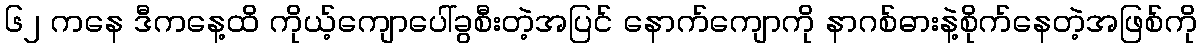
၆၂ ကနေ ဒီကနေ့ထိ ကိုယ့်ကျောပေါ်ခွစီးတဲ့အပြင် နောက်ကျောကို နာဂစ်ဓားနဲ့စိုက်နေတဲ့အဖြစ်ကို